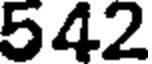
542